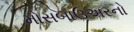
મોસબાઉઅરનો